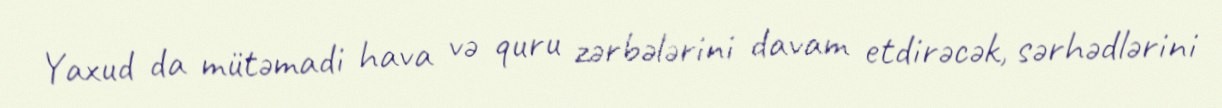
Yaxud da mütəmadi hava və quru zərbələrini davam etdirəcək, sərhədlərini